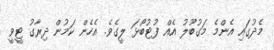
މެދުގައި އެންމެ މަގުބޫލު އެއް ފުޓުބޯޅަ ލީގެވެ. އެހެން ކަމުން ދިރާގު ޓީވީ